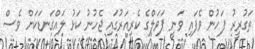
ތަގުރީރު ފަހުން ވެފައި ވަނީ ޕަވަލްގެ ކެރިއަރުގައި ޖެހުނު ކަޅު ލައްގަނޑަކަށް ވެސް